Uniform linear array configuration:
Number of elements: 12
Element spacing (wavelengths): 0.25
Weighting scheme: uniform
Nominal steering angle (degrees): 45
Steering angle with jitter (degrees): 43.853
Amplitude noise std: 0.05
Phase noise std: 0.05

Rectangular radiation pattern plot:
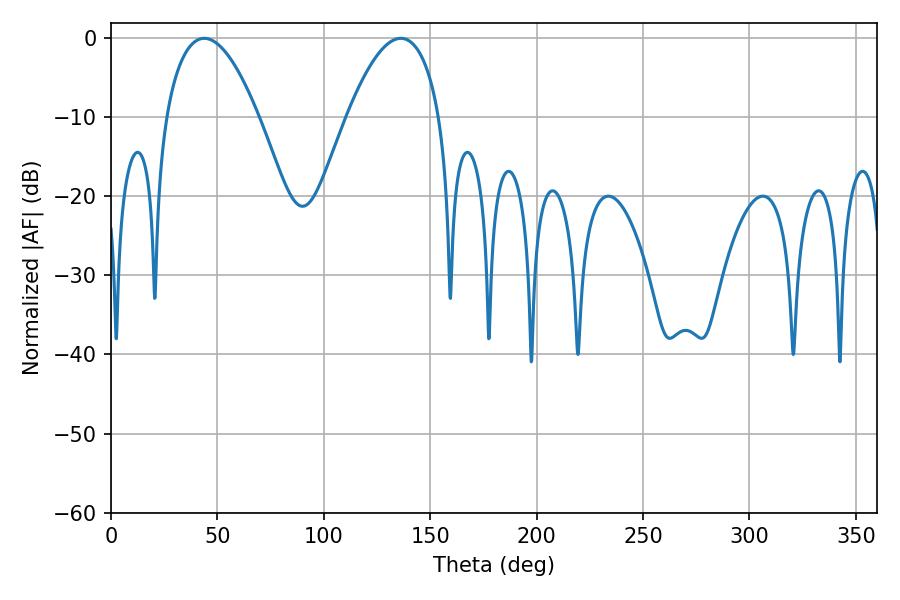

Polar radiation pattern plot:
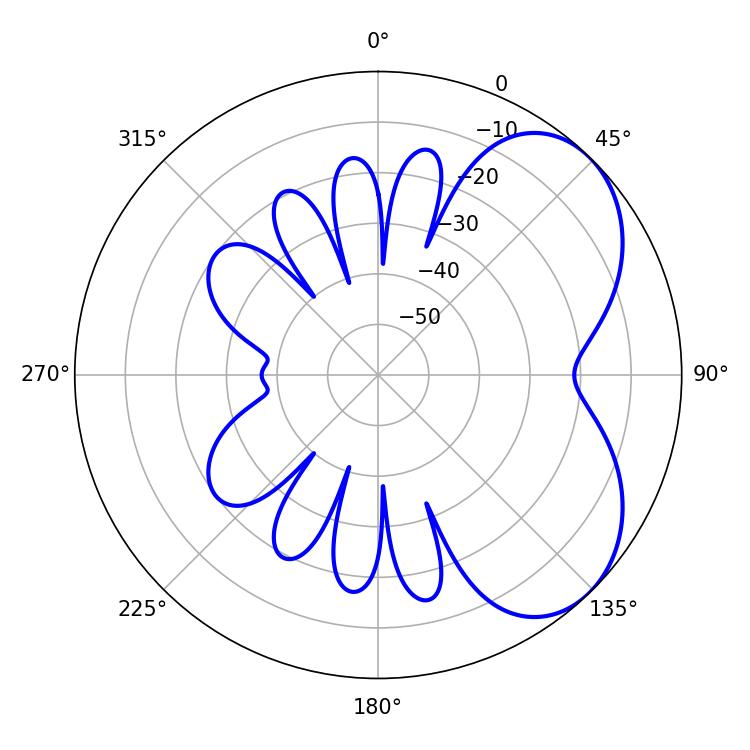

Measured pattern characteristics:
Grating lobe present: FALSE
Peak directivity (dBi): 4.989
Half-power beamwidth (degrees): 24.12
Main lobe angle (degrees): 43.74